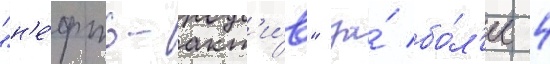
"н'е́фть-акт'и́в" за́ бо́л'ее 4